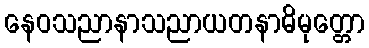
နေဝသညာနာသညာယတနာဓိမုတ္တော